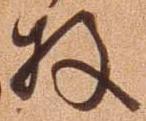
枚